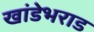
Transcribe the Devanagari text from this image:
खांडेभराड